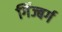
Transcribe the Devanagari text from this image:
गिंज्बर्ग